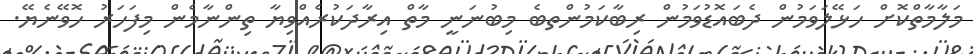
މަލާމާތްކޮށް ހަޅޭލަވަމުން ދެބައޮޑުވަމުން ރިބާކަމުންތބެ މިބުނަނީ މާތް އިރާދަކުރެއްވިޔާ ތިންނާމެން މިފަހަރު ހޮވޭނެޔޭ.